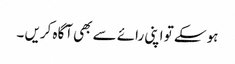
ہو سکے تو اپنی رائے سے بھی آگاہ کریں ۔